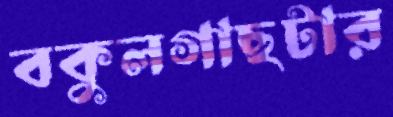
বকুলগাছটার